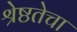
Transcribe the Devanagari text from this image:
श्रेष्ठतेचा